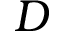
D